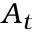
A _ { t }